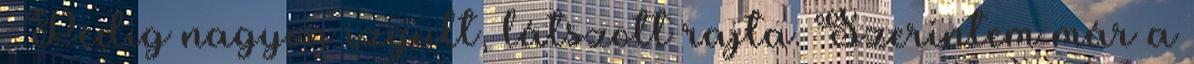
: Pedig nagyon izgult, látszott rajta. Szerintem már a